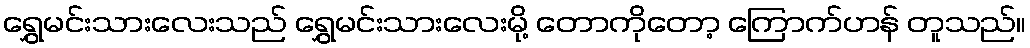
ရွှေမင်းသားလေးသည် ရွှေမင်းသားလေးမို့ တောကိုတော့ ကြောက်ဟန် တူသည်။